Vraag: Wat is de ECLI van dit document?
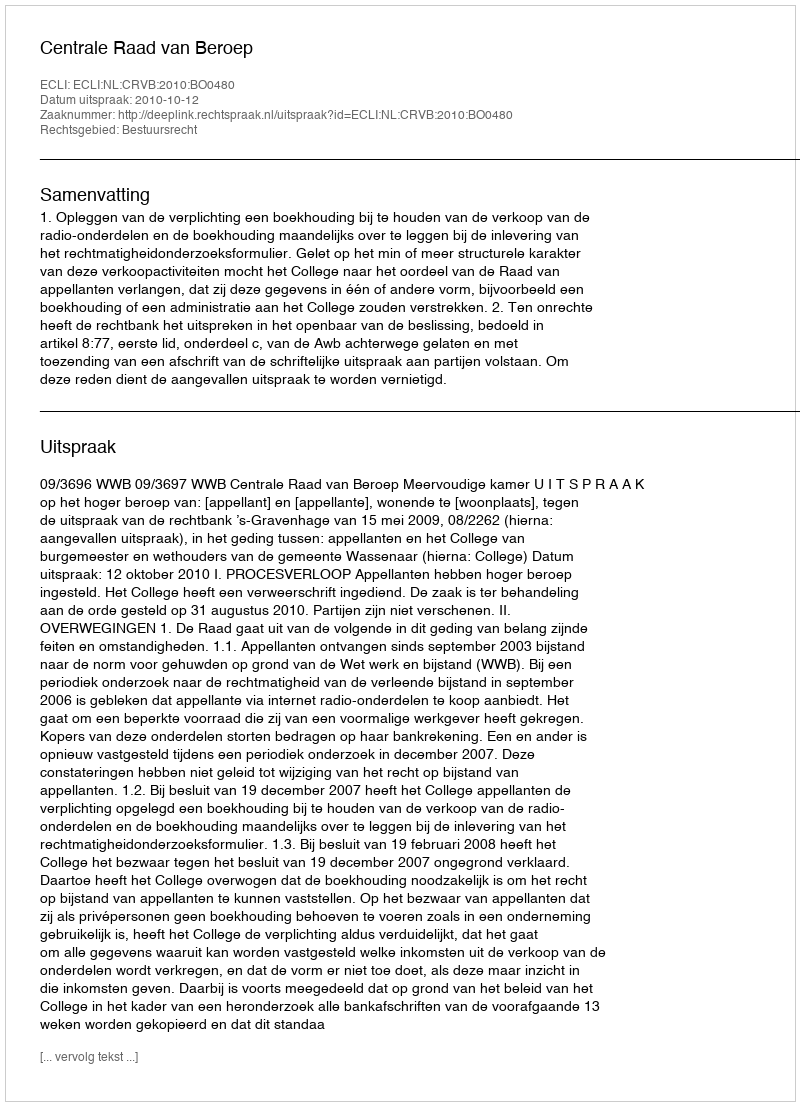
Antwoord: ECLI:NL:CRVB:2010:BO0480